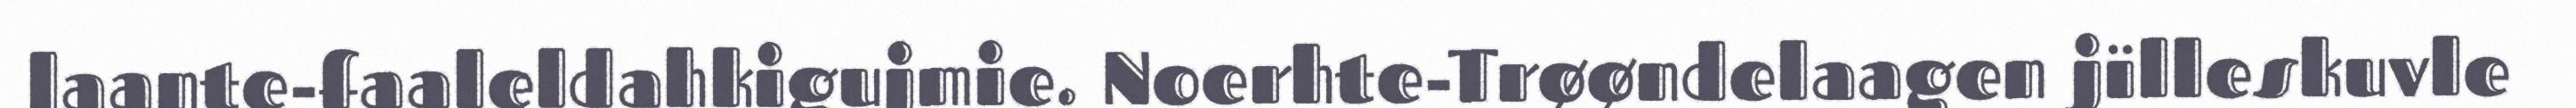
laante-faaleldahkigujmie. Noerhte-Trøøndelaagen jïlleskuvle